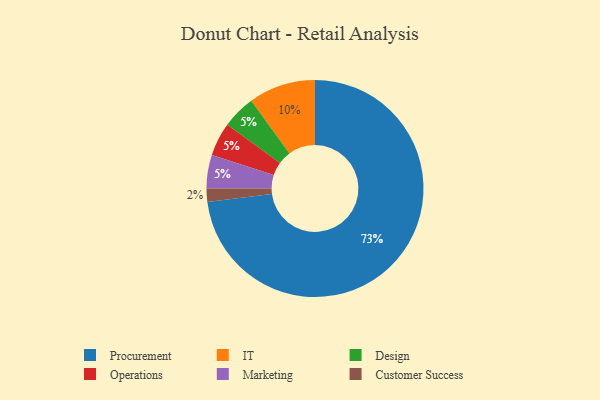
{"axis": {"x": "Category", "y": "Percentage"}, "legend": ["Customer Success", "Design", "IT", "Marketing", "Operations", "Procurement"], "data": [{"x": "Customer Success", "y": 2, "type": "Customer Success"}, {"x": "Design", "y": 5, "type": "Design"}, {"x": "Operations", "y": 5, "type": "Operations"}, {"x": "IT", "y": 10, "type": "IT"}, {"x": "Marketing", "y": 5, "type": "Marketing"}, {"x": "Procurement", "y": 73, "type": "Procurement"}]}